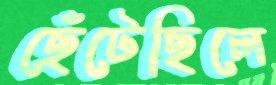
ছেঁটেছিলে